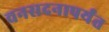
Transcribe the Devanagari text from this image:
वनसदनापर्यंत